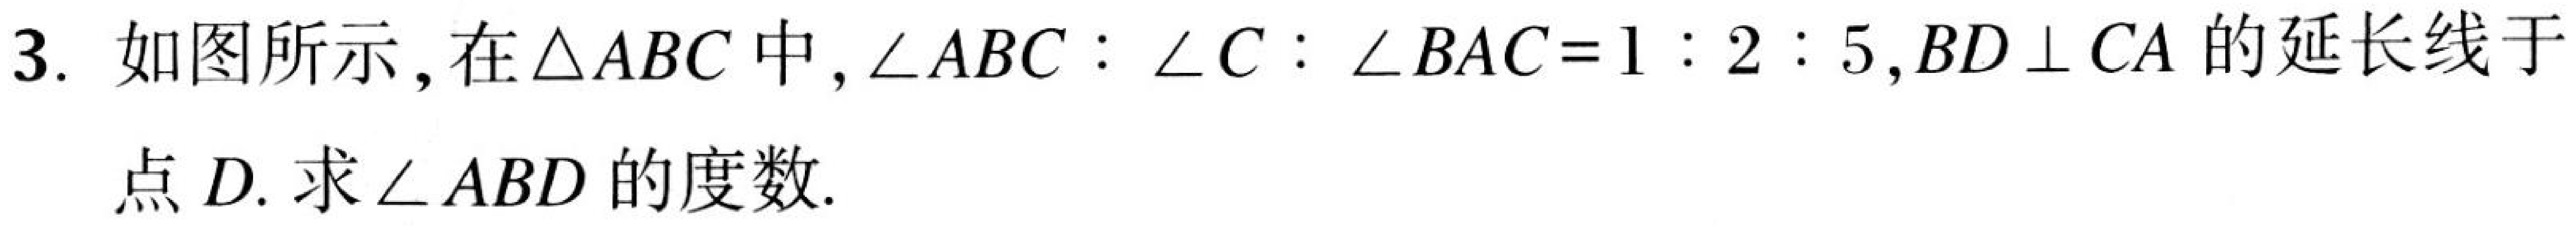
3. 如图所示，在\(\triangle ABC\)中，\(\angle ABC:\angle C:\angle BAC = 1:2:5\)，\(BD\perp CA\)的延长线于
点\(D\). 求\(\angle ABD\)的度数.